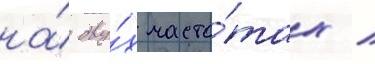
на́ дву́х часто́тах /